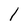
Character: 1